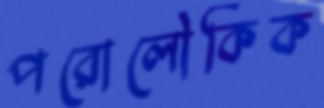
পরোলৌকিক